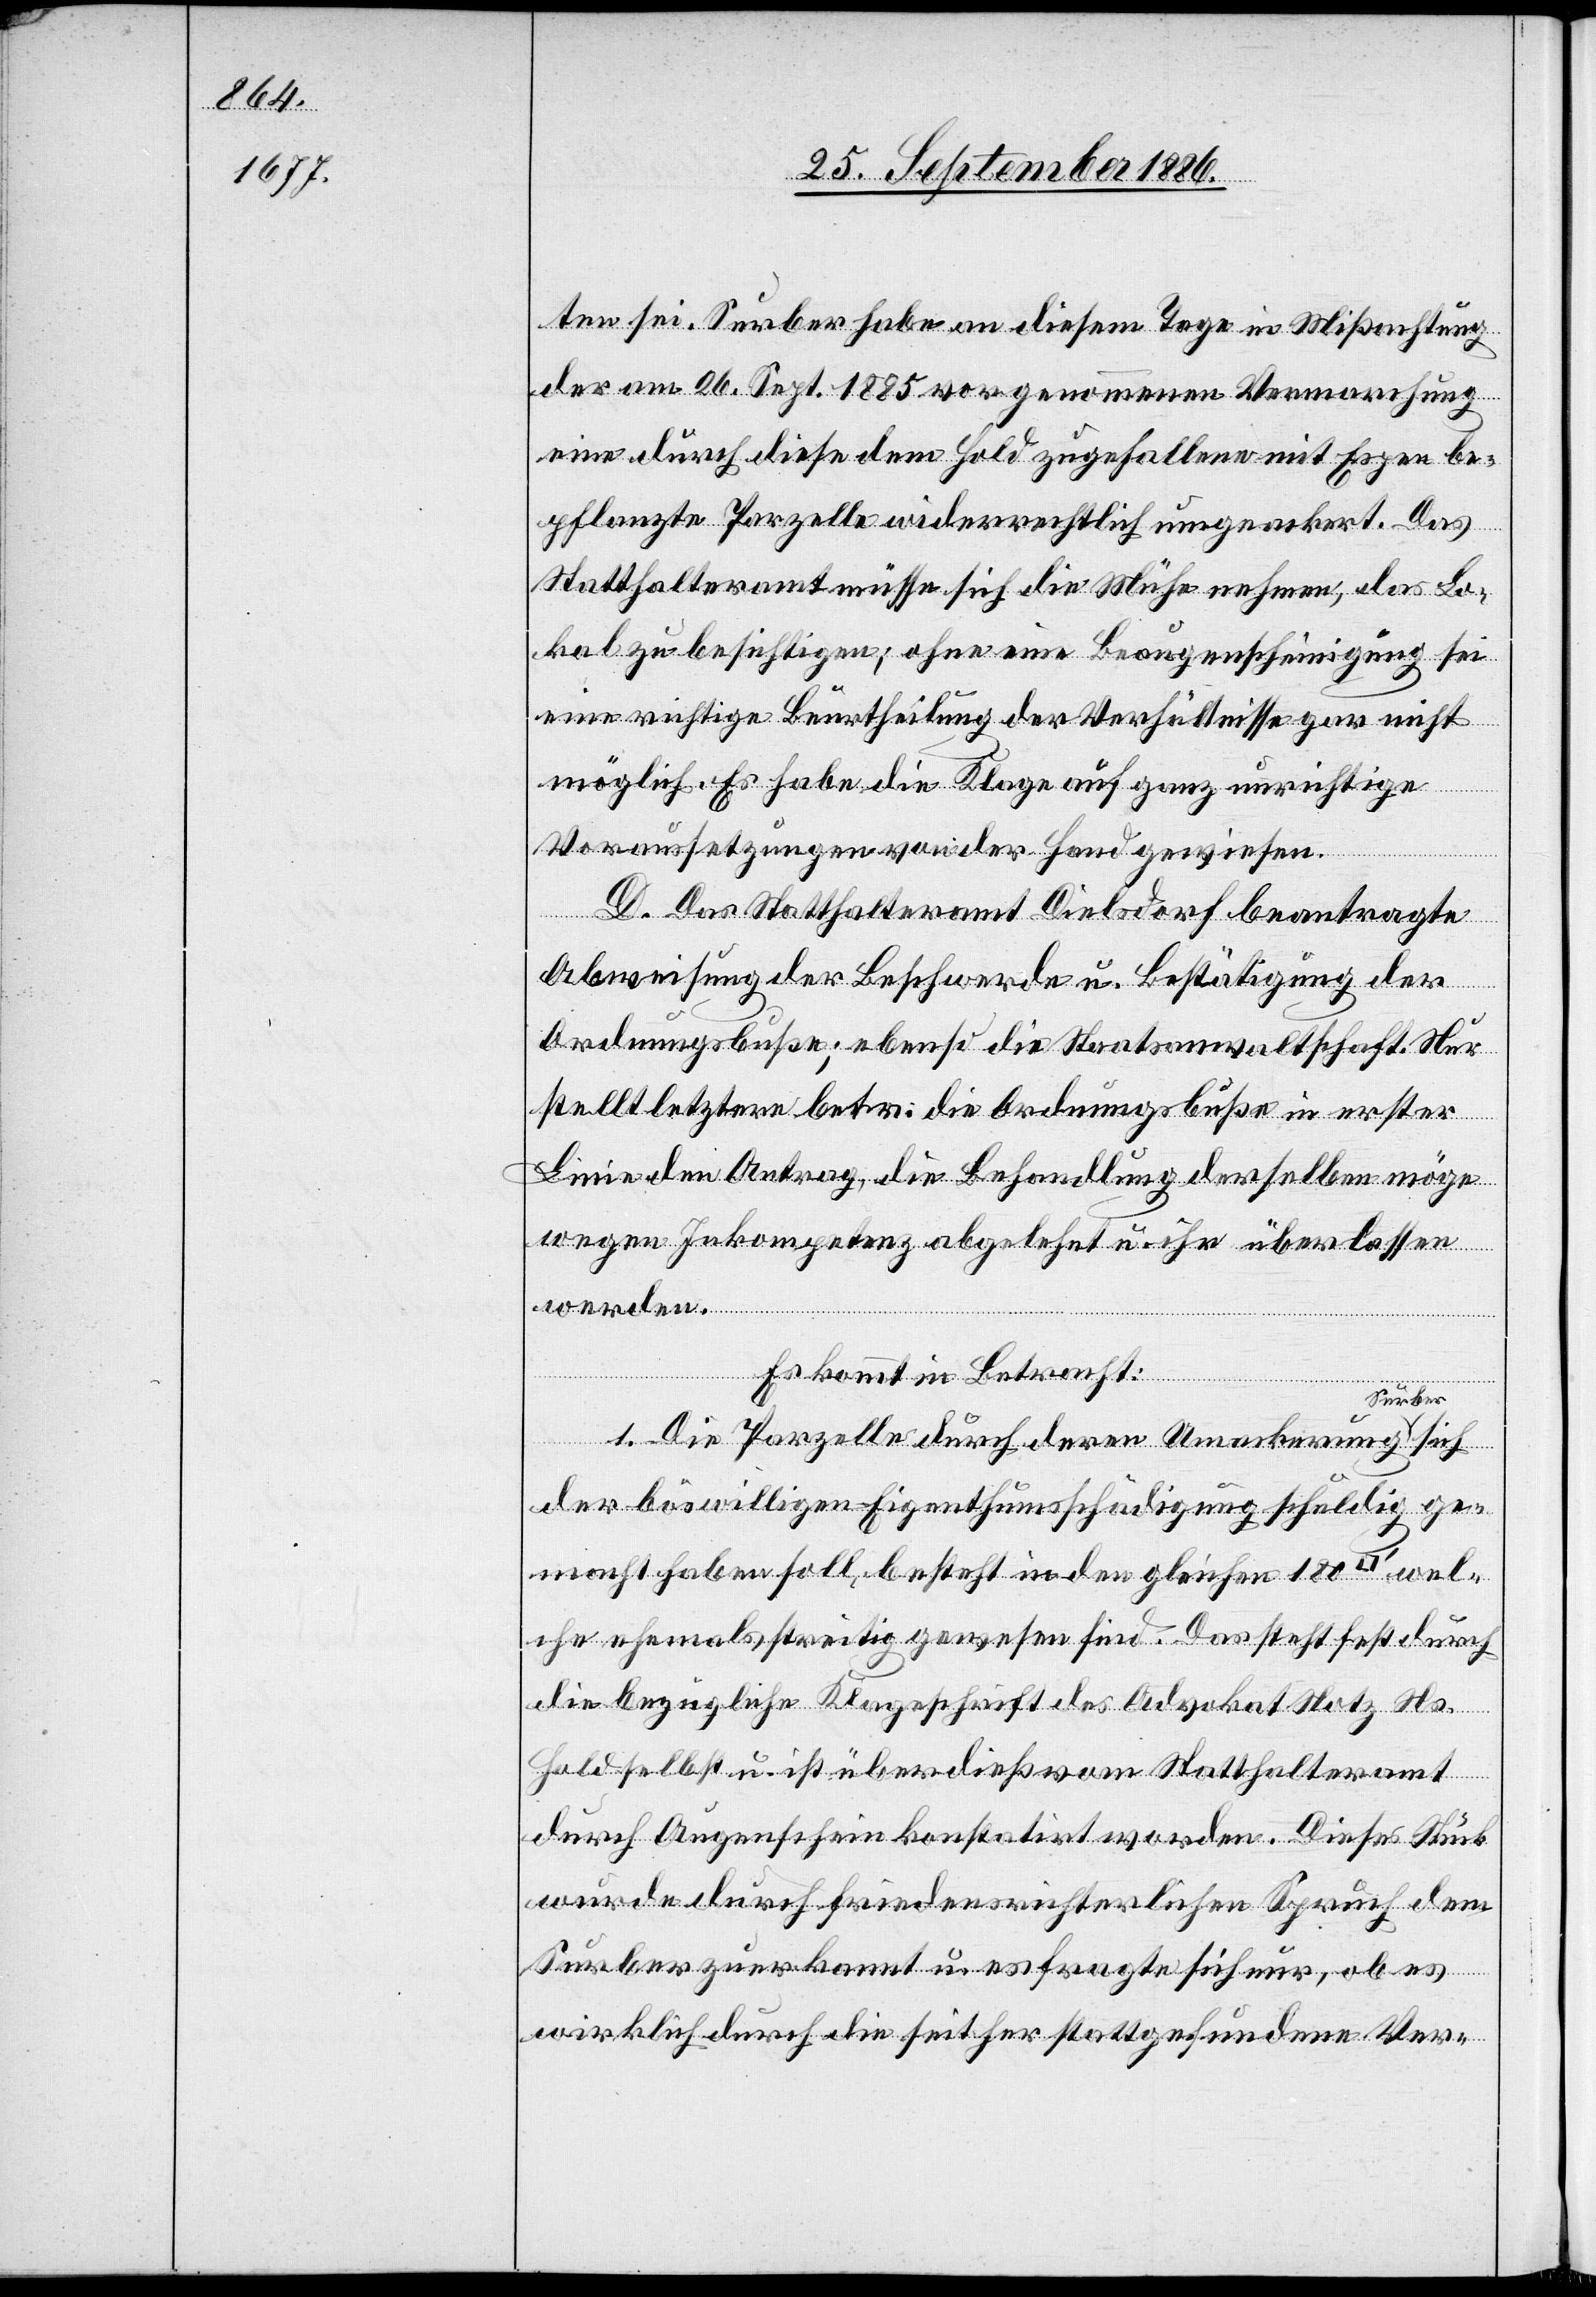
ten sei. Surber habe an diesem Tage in Mißachtung
der am 26. Sept. 1885 vorgenommenen Vermarkung
eine durch diese dem Hold zugefallene mit Espen be¬
pflanzte Parzelle widerrechtlich umgeackert. Das
Statthalteramt müsse sich die Mühe nehmen, das Lo¬
kal zu besichtigen; ohne eine Beaugenscheinigung sei
eine richtige Beurtheilung der Verhältnisse gar nicht
möglich. Es habe die Klage auf ganz unrichtige
Voraussetzungen von der Hand gewiesen.
D. Das Statthalteramt Dielsdorf beantragte
Abweisung der Beschwerde u. Bestätigung der
Ordnungsbuße; ebenso die Staatsanwaltschaft. Nur
stellt letztere betr. die Ordnungsbuße in erster
Linie den Antrag, die Behandlung derselben möge
wegen Inkompetenz abgelehnt u. ihr überlassen
Es kommt in Betracht:
werden.
1. Die Parzelle durch deren Umackerung
der böswilligen Eigenthumsschädigung schuldig ge¬
macht haben soll, besteht in den gleichen 180
welche ehemals streitig gewesen sind. Das steht fest durch
die bezügliche Klageschrift des Advokat Notz Ns.
Hold selbst u. ist überdieß vom Statthalteramt
durch Augenschein konstatirt worden. Dieses Stück
wurde durch friedensrichterlichen Spruch dem
Surber zuerkannt u. es fragte sich nur, ob es
wirklich durch die seither stattgefundene Ver-